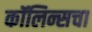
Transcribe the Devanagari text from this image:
कॉलिन्सचा